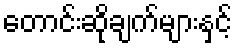
တောင်းဆိုချက်များနှင့်